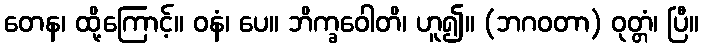
တေန၊ ထို့ကြောင့်။ ဝနံ၊ ပေ။ ဘိက္ခဝေါတိ၊ ဟူ၍။ (ဘဂဝတာ) ဝုတ္တံ၊ ပြီ။